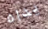
يداه